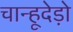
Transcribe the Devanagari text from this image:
चान्हूदेड़ो